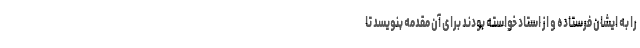
را به ایشان فرستاده و از استاد خواسته بودند برای آن مقدمه بنویسد تا